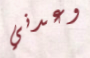
وعدني